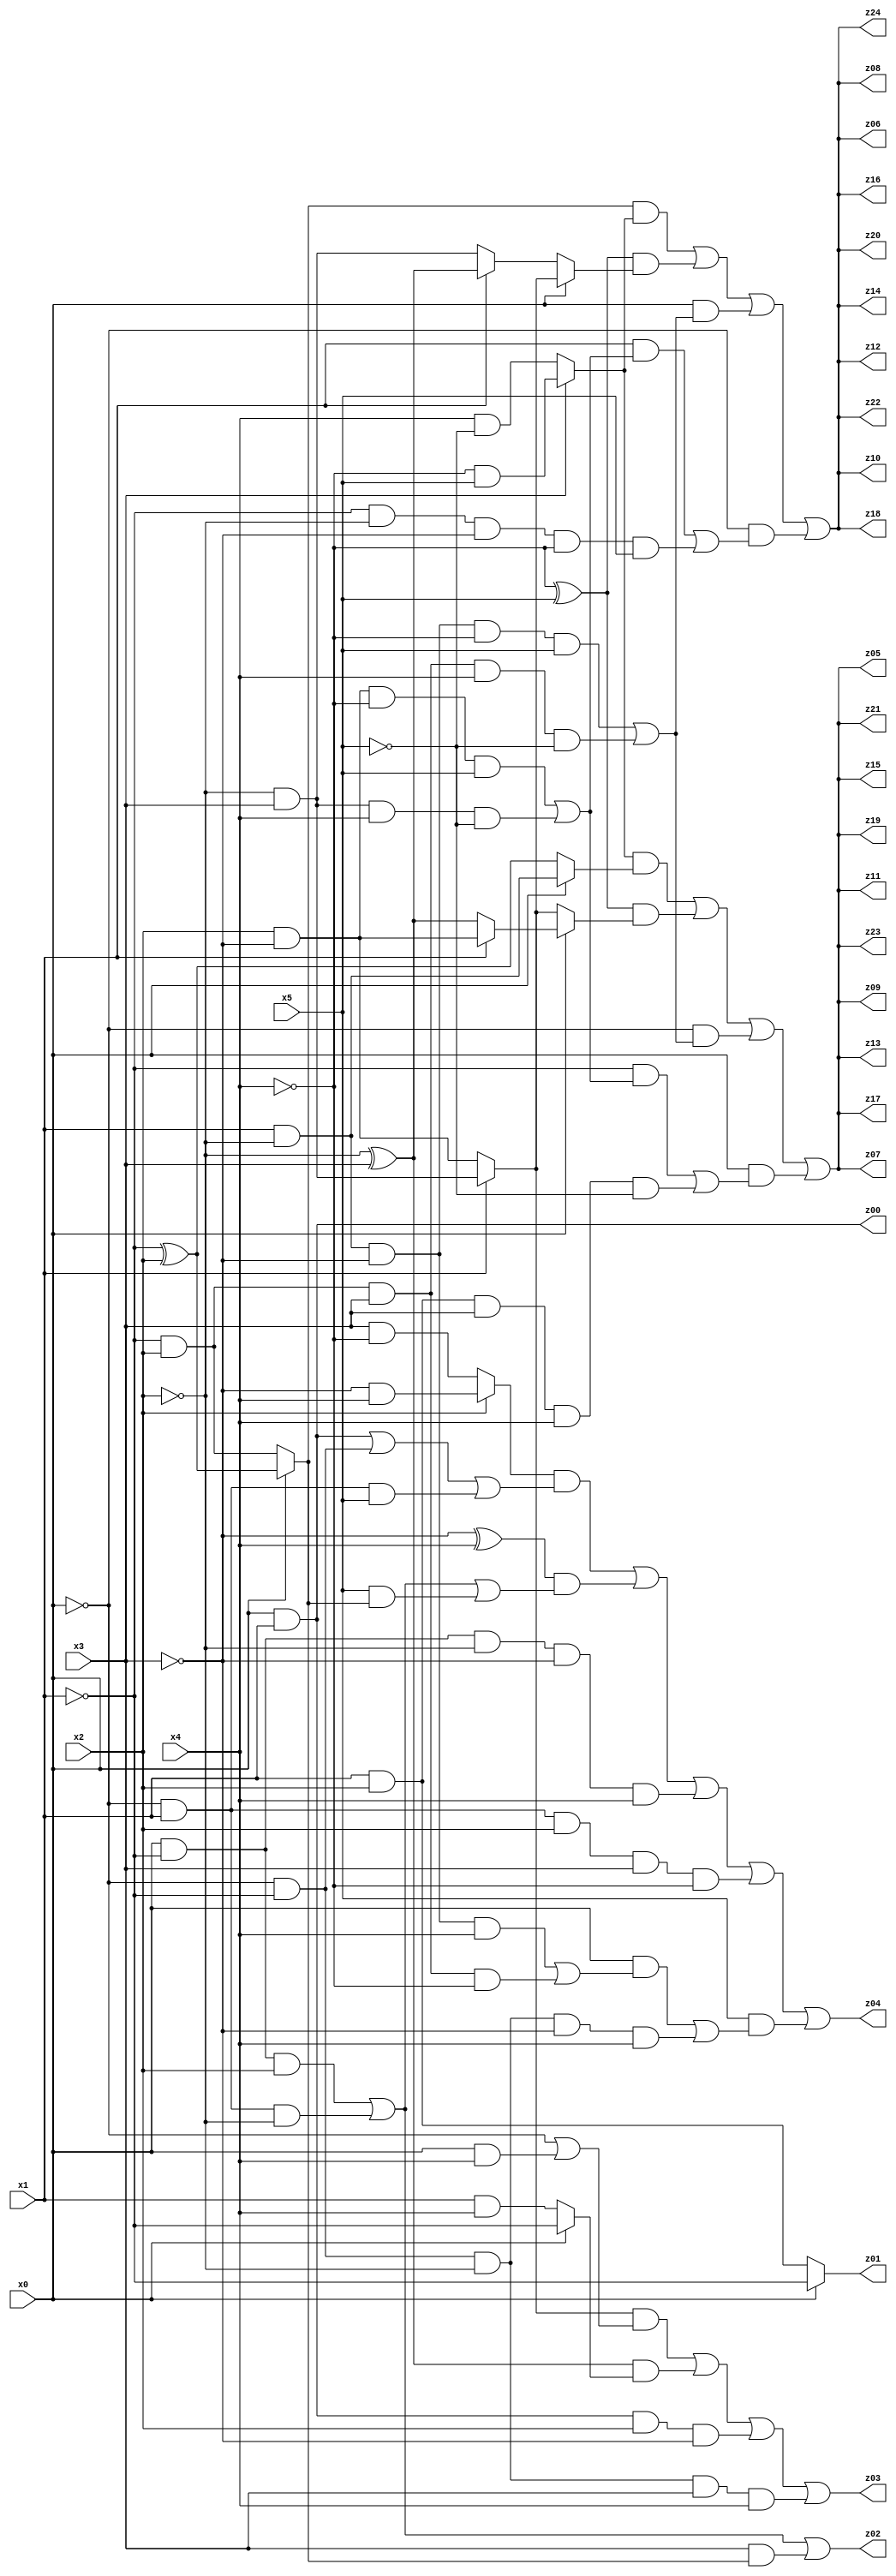
// Benchmark "q_4" written by ABC on Mon Jul 10 18:45:19 2023

module q_4 ( 
    x0, x1, x2, x3, x4, x5,
    z00, z01, z02, z03, z04, z05, z06, z07, z08, z09, z10, z11, z12, z13,
    z14, z15, z16, z17, z18, z19, z20, z21, z22, z23, z24  );
  input  x0, x1, x2, x3, x4, x5;
  output z00, z01, z02, z03, z04, z05, z06, z07, z08, z09, z10, z11, z12, z13,
    z14, z15, z16, z17, z18, z19, z20, z21, z22, z23, z24;
  assign z00 = x0 & x1;
  assign z01 = x0 ? ~x1 : (x1 & x2);
  assign z02 = (x0 & ~x1 & x2) | (~x0 & x1 & ~x2) | (x3 & (x0 ? (~x1 ^ x2) : (~x1 & x2)));
  assign z03 = ((x1 ? (~x2 & x3) : (x2 & ~x3)) & (~x0 | (x0 & x4))) | ((~x2 ^ x3) & (x0 ? ~x1 : (x1 & x4))) | (x0 & x1 & x2 & ~x3) | (~x0 & ~x1 & ~x2 & x3 & x4);
  assign z04 = ((x2 ? (~x3 & x4) : (x3 & ~x4)) & ((x0 & x1) | (~x0 & ~x1) | (~x0 & x1 & x5))) | ((~x3 ^ x4) & ((x0 & ~x1 & x2) | (~x0 & x1 & ~x2) | (x5 & (x0 ? (~x1 ^ x2) : (~x1 & x2))))) | (x0 & ~x1 & ~x2 & ~x3 & x4) | (~x0 & x1 & x2 & x3 & ~x4) | (x5 & ((x0 & ((x1 & ~x2 & ~x3 & x4) | (~x1 & x2 & x3 & ~x4))) | (~x0 & ~x1 & ~x2 & ~x3 & x4)));
  assign z05 = ((x3 ? (~x4 & x5) : (x4 & ~x5)) & (x0 ? (x1 & ~x2) : (~x1 ^ x2))) | ((~x4 ^ x5) & (x0 ? (x1 ? (x2 & ~x3) : (~x2 ^ x3)) : (x1 ? (~x2 & x3) : (x2 & ~x3)))) | (~x0 & ((x1 & ~x2 & ~x3 & ~x4 & x5) | (~x1 & x2 & x3 & x4 & ~x5))) | (x0 & ((~x1 & ((x2 & ~x3 & ~x4 & x5) | (~x2 & x3 & x4 & ~x5))) | (x1 & x2 & x3 & x4 & ~x5)));
  assign z06 = ((x0 ? (~x1 ^ x2) : (~x1 & x2)) & (x3 ? (~x4 & x5) : (x4 & ~x5))) | ((~x4 ^ x5) & (x0 ? (x1 ? (~x2 & x3) : (x2 & ~x3)) : (x1 ? (~x2 ^ x3) : (~x2 & x3)))) | (x0 & ((x1 & ~x2 & ~x3 & ~x4 & x5) | (~x1 & x2 & x3 & x4 & ~x5))) | (~x0 & ((x1 & ((x2 & ~x3 & ~x4 & x5) | (~x2 & x3 & x4 & ~x5))) | (~x1 & ~x2 & ~x3 & ~x4 & x5)));
  assign z07 = ((x3 ? (~x4 & x5) : (x4 & ~x5)) & (x0 ? (x1 & ~x2) : (~x1 ^ x2))) | ((~x4 ^ x5) & (x0 ? (x1 ? (x2 & ~x3) : (~x2 ^ x3)) : (x1 ? (~x2 & x3) : (x2 & ~x3)))) | (~x0 & ((x1 & ~x2 & ~x3 & ~x4 & x5) | (~x1 & x2 & x3 & x4 & ~x5))) | (x0 & ((~x1 & ((x2 & ~x3 & ~x4 & x5) | (~x2 & x3 & x4 & ~x5))) | (x1 & x2 & x3 & x4 & ~x5)));
  assign z08 = ((x0 ? (~x1 ^ x2) : (~x1 & x2)) & (x3 ? (~x4 & x5) : (x4 & ~x5))) | ((~x4 ^ x5) & (x0 ? (x1 ? (~x2 & x3) : (x2 & ~x3)) : (x1 ? (~x2 ^ x3) : (~x2 & x3)))) | (x0 & ((x1 & ~x2 & ~x3 & ~x4 & x5) | (~x1 & x2 & x3 & x4 & ~x5))) | (~x0 & ((x1 & ((x2 & ~x3 & ~x4 & x5) | (~x2 & x3 & x4 & ~x5))) | (~x1 & ~x2 & ~x3 & ~x4 & x5)));
  assign z09 = ((x3 ? (~x4 & x5) : (x4 & ~x5)) & (x0 ? (x1 & ~x2) : (~x1 ^ x2))) | ((~x4 ^ x5) & (x0 ? (x1 ? (x2 & ~x3) : (~x2 ^ x3)) : (x1 ? (~x2 & x3) : (x2 & ~x3)))) | (~x0 & ((x1 & ~x2 & ~x3 & ~x4 & x5) | (~x1 & x2 & x3 & x4 & ~x5))) | (x0 & ((~x1 & ((x2 & ~x3 & ~x4 & x5) | (~x2 & x3 & x4 & ~x5))) | (x1 & x2 & x3 & x4 & ~x5)));
  assign z10 = ((x0 ? (~x1 ^ x2) : (~x1 & x2)) & (x3 ? (~x4 & x5) : (x4 & ~x5))) | ((~x4 ^ x5) & (x0 ? (x1 ? (~x2 & x3) : (x2 & ~x3)) : (x1 ? (~x2 ^ x3) : (~x2 & x3)))) | (x0 & ((x1 & ~x2 & ~x3 & ~x4 & x5) | (~x1 & x2 & x3 & x4 & ~x5))) | (~x0 & ((x1 & ((x2 & ~x3 & ~x4 & x5) | (~x2 & x3 & x4 & ~x5))) | (~x1 & ~x2 & ~x3 & ~x4 & x5)));
  assign z11 = ((x3 ? (~x4 & x5) : (x4 & ~x5)) & (x0 ? (x1 & ~x2) : (~x1 ^ x2))) | ((~x4 ^ x5) & (x0 ? (x1 ? (x2 & ~x3) : (~x2 ^ x3)) : (x1 ? (~x2 & x3) : (x2 & ~x3)))) | (~x0 & ((x1 & ~x2 & ~x3 & ~x4 & x5) | (~x1 & x2 & x3 & x4 & ~x5))) | (x0 & ((~x1 & ((x2 & ~x3 & ~x4 & x5) | (~x2 & x3 & x4 & ~x5))) | (x1 & x2 & x3 & x4 & ~x5)));
  assign z12 = ((x0 ? (~x1 ^ x2) : (~x1 & x2)) & (x3 ? (~x4 & x5) : (x4 & ~x5))) | ((~x4 ^ x5) & (x0 ? (x1 ? (~x2 & x3) : (x2 & ~x3)) : (x1 ? (~x2 ^ x3) : (~x2 & x3)))) | (x0 & ((x1 & ~x2 & ~x3 & ~x4 & x5) | (~x1 & x2 & x3 & x4 & ~x5))) | (~x0 & ((x1 & ((x2 & ~x3 & ~x4 & x5) | (~x2 & x3 & x4 & ~x5))) | (~x1 & ~x2 & ~x3 & ~x4 & x5)));
  assign z13 = ((x3 ? (~x4 & x5) : (x4 & ~x5)) & (x0 ? (x1 & ~x2) : (~x1 ^ x2))) | ((~x4 ^ x5) & (x0 ? (x1 ? (x2 & ~x3) : (~x2 ^ x3)) : (x1 ? (~x2 & x3) : (x2 & ~x3)))) | (~x0 & ((x1 & ~x2 & ~x3 & ~x4 & x5) | (~x1 & x2 & x3 & x4 & ~x5))) | (x0 & ((~x1 & ((x2 & ~x3 & ~x4 & x5) | (~x2 & x3 & x4 & ~x5))) | (x1 & x2 & x3 & x4 & ~x5)));
  assign z14 = ((x0 ? (~x1 ^ x2) : (~x1 & x2)) & (x3 ? (~x4 & x5) : (x4 & ~x5))) | ((~x4 ^ x5) & (x0 ? (x1 ? (~x2 & x3) : (x2 & ~x3)) : (x1 ? (~x2 ^ x3) : (~x2 & x3)))) | (x0 & ((x1 & ~x2 & ~x3 & ~x4 & x5) | (~x1 & x2 & x3 & x4 & ~x5))) | (~x0 & ((x1 & ((x2 & ~x3 & ~x4 & x5) | (~x2 & x3 & x4 & ~x5))) | (~x1 & ~x2 & ~x3 & ~x4 & x5)));
  assign z15 = ((x3 ? (~x4 & x5) : (x4 & ~x5)) & (x0 ? (x1 & ~x2) : (~x1 ^ x2))) | ((~x4 ^ x5) & (x0 ? (x1 ? (x2 & ~x3) : (~x2 ^ x3)) : (x1 ? (~x2 & x3) : (x2 & ~x3)))) | (~x0 & ((x1 & ~x2 & ~x3 & ~x4 & x5) | (~x1 & x2 & x3 & x4 & ~x5))) | (x0 & ((~x1 & ((x2 & ~x3 & ~x4 & x5) | (~x2 & x3 & x4 & ~x5))) | (x1 & x2 & x3 & x4 & ~x5)));
  assign z16 = ((x0 ? (~x1 ^ x2) : (~x1 & x2)) & (x3 ? (~x4 & x5) : (x4 & ~x5))) | ((~x4 ^ x5) & (x0 ? (x1 ? (~x2 & x3) : (x2 & ~x3)) : (x1 ? (~x2 ^ x3) : (~x2 & x3)))) | (x0 & ((x1 & ~x2 & ~x3 & ~x4 & x5) | (~x1 & x2 & x3 & x4 & ~x5))) | (~x0 & ((x1 & ((x2 & ~x3 & ~x4 & x5) | (~x2 & x3 & x4 & ~x5))) | (~x1 & ~x2 & ~x3 & ~x4 & x5)));
  assign z17 = ((x3 ? (~x4 & x5) : (x4 & ~x5)) & (x0 ? (x1 & ~x2) : (~x1 ^ x2))) | ((~x4 ^ x5) & (x0 ? (x1 ? (x2 & ~x3) : (~x2 ^ x3)) : (x1 ? (~x2 & x3) : (x2 & ~x3)))) | (~x0 & ((x1 & ~x2 & ~x3 & ~x4 & x5) | (~x1 & x2 & x3 & x4 & ~x5))) | (x0 & ((~x1 & ((x2 & ~x3 & ~x4 & x5) | (~x2 & x3 & x4 & ~x5))) | (x1 & x2 & x3 & x4 & ~x5)));
  assign z18 = ((x0 ? (~x1 ^ x2) : (~x1 & x2)) & (x3 ? (~x4 & x5) : (x4 & ~x5))) | ((~x4 ^ x5) & (x0 ? (x1 ? (~x2 & x3) : (x2 & ~x3)) : (x1 ? (~x2 ^ x3) : (~x2 & x3)))) | (x0 & ((x1 & ~x2 & ~x3 & ~x4 & x5) | (~x1 & x2 & x3 & x4 & ~x5))) | (~x0 & ((x1 & ((x2 & ~x3 & ~x4 & x5) | (~x2 & x3 & x4 & ~x5))) | (~x1 & ~x2 & ~x3 & ~x4 & x5)));
  assign z19 = ((x3 ? (~x4 & x5) : (x4 & ~x5)) & (x0 ? (x1 & ~x2) : (~x1 ^ x2))) | ((~x4 ^ x5) & (x0 ? (x1 ? (x2 & ~x3) : (~x2 ^ x3)) : (x1 ? (~x2 & x3) : (x2 & ~x3)))) | (~x0 & ((x1 & ~x2 & ~x3 & ~x4 & x5) | (~x1 & x2 & x3 & x4 & ~x5))) | (x0 & ((~x1 & ((x2 & ~x3 & ~x4 & x5) | (~x2 & x3 & x4 & ~x5))) | (x1 & x2 & x3 & x4 & ~x5)));
  assign z20 = ((x0 ? (~x1 ^ x2) : (~x1 & x2)) & (x3 ? (~x4 & x5) : (x4 & ~x5))) | ((~x4 ^ x5) & (x0 ? (x1 ? (~x2 & x3) : (x2 & ~x3)) : (x1 ? (~x2 ^ x3) : (~x2 & x3)))) | (x0 & ((x1 & ~x2 & ~x3 & ~x4 & x5) | (~x1 & x2 & x3 & x4 & ~x5))) | (~x0 & ((x1 & ((x2 & ~x3 & ~x4 & x5) | (~x2 & x3 & x4 & ~x5))) | (~x1 & ~x2 & ~x3 & ~x4 & x5)));
  assign z21 = ((x3 ? (~x4 & x5) : (x4 & ~x5)) & (x0 ? (x1 & ~x2) : (~x1 ^ x2))) | ((~x4 ^ x5) & (x0 ? (x1 ? (x2 & ~x3) : (~x2 ^ x3)) : (x1 ? (~x2 & x3) : (x2 & ~x3)))) | (~x0 & ((x1 & ~x2 & ~x3 & ~x4 & x5) | (~x1 & x2 & x3 & x4 & ~x5))) | (x0 & ((~x1 & ((x2 & ~x3 & ~x4 & x5) | (~x2 & x3 & x4 & ~x5))) | (x1 & x2 & x3 & x4 & ~x5)));
  assign z22 = ((x0 ? (~x1 ^ x2) : (~x1 & x2)) & (x3 ? (~x4 & x5) : (x4 & ~x5))) | ((~x4 ^ x5) & (x0 ? (x1 ? (~x2 & x3) : (x2 & ~x3)) : (x1 ? (~x2 ^ x3) : (~x2 & x3)))) | (x0 & ((x1 & ~x2 & ~x3 & ~x4 & x5) | (~x1 & x2 & x3 & x4 & ~x5))) | (~x0 & ((x1 & ((x2 & ~x3 & ~x4 & x5) | (~x2 & x3 & x4 & ~x5))) | (~x1 & ~x2 & ~x3 & ~x4 & x5)));
  assign z23 = ((x3 ? (~x4 & x5) : (x4 & ~x5)) & (x0 ? (x1 & ~x2) : (~x1 ^ x2))) | ((~x4 ^ x5) & (x0 ? (x1 ? (x2 & ~x3) : (~x2 ^ x3)) : (x1 ? (~x2 & x3) : (x2 & ~x3)))) | (~x0 & ((x1 & ~x2 & ~x3 & ~x4 & x5) | (~x1 & x2 & x3 & x4 & ~x5))) | (x0 & ((~x1 & ((x2 & ~x3 & ~x4 & x5) | (~x2 & x3 & x4 & ~x5))) | (x1 & x2 & x3 & x4 & ~x5)));
  assign z24 = ((x0 ? (~x1 ^ x2) : (~x1 & x2)) & (x3 ? (~x4 & x5) : (x4 & ~x5))) | ((~x4 ^ x5) & (x0 ? (x1 ? (~x2 & x3) : (x2 & ~x3)) : (x1 ? (~x2 ^ x3) : (~x2 & x3)))) | (x0 & ((x1 & ~x2 & ~x3 & ~x4 & x5) | (~x1 & x2 & x3 & x4 & ~x5))) | (~x0 & ((x1 & ((x2 & ~x3 & ~x4 & x5) | (~x2 & x3 & x4 & ~x5))) | (~x1 & ~x2 & ~x3 & ~x4 & x5)));
endmodule